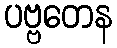
ပဗ္ဗတေန